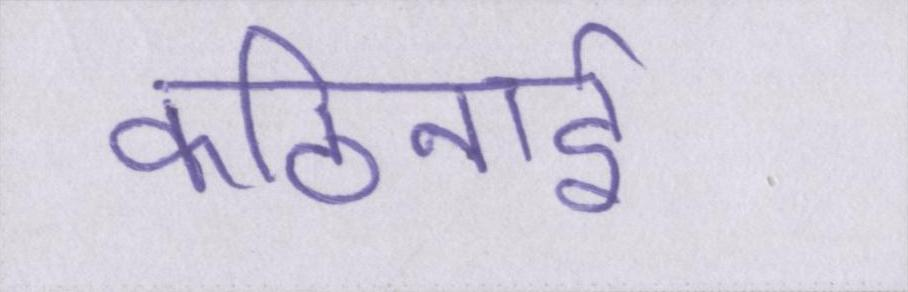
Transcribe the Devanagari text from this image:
कठिनाई